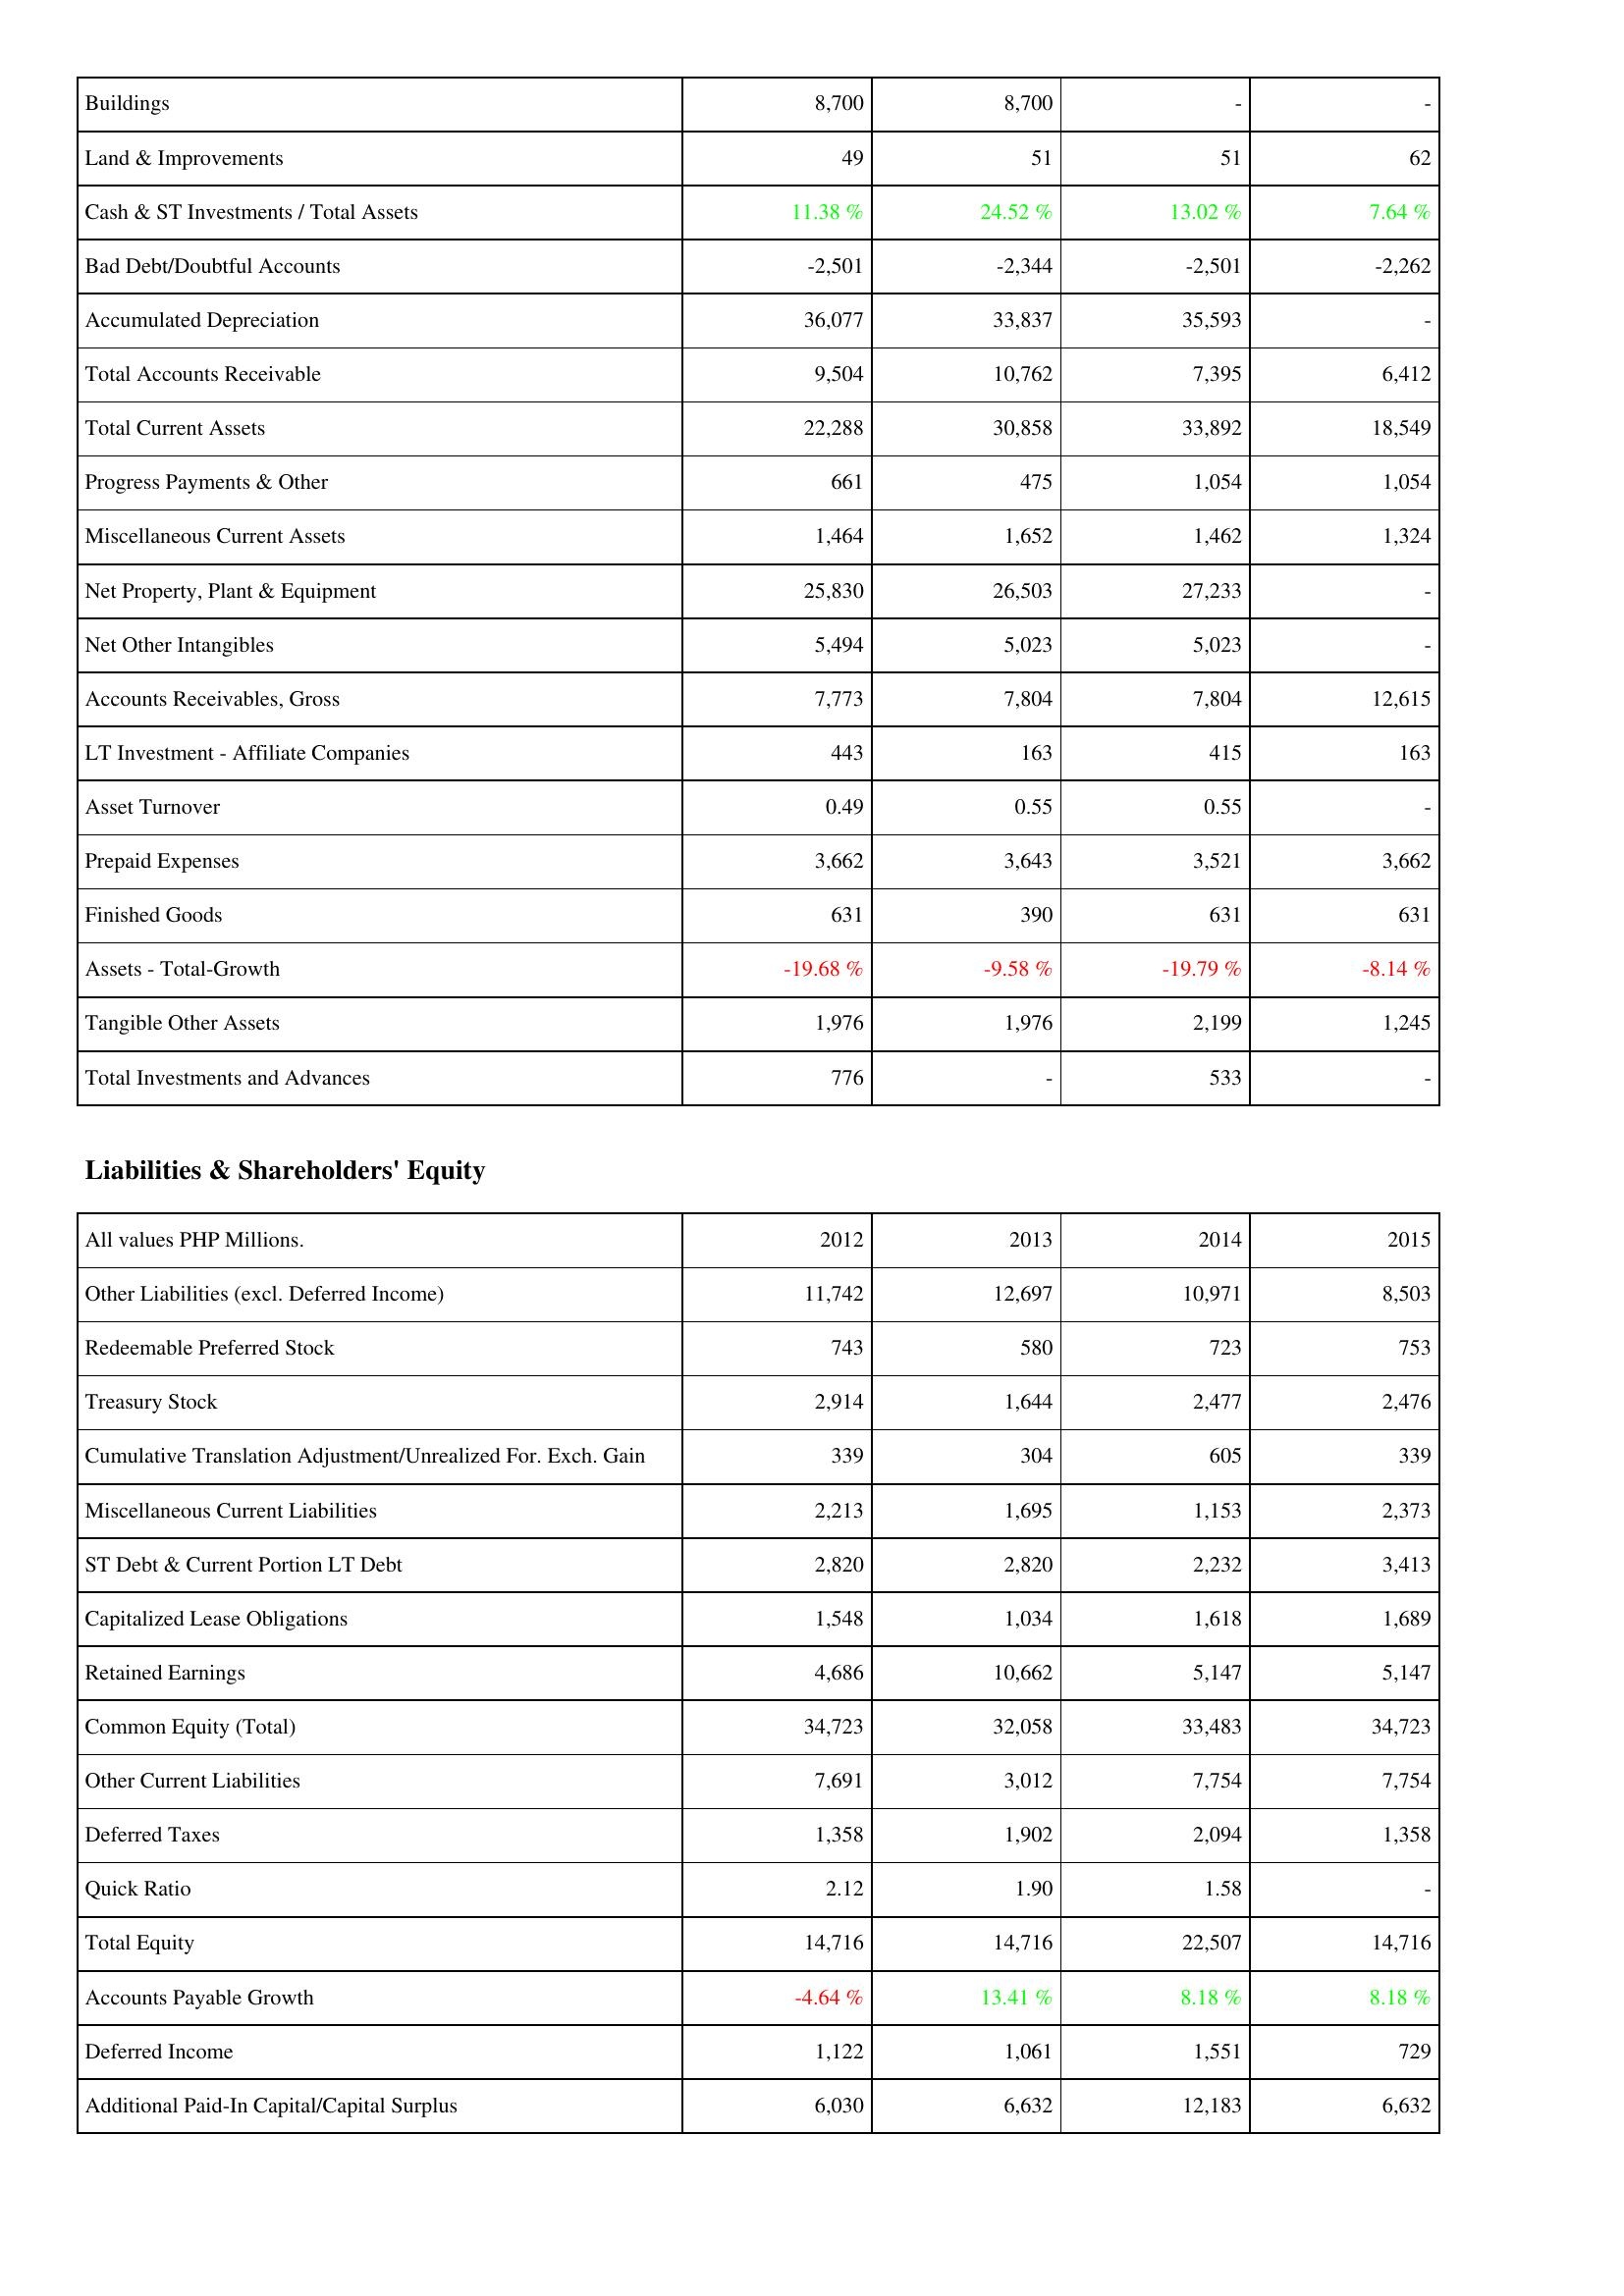
2012: Assets: Buildings: 8,700
Land & Improvements: 49
Cash & ST Investments / Total Assets: 11.38 %
Bad Debt/Doubtful Accounts: -2,501
Accumulated Depreciation: 36,077
Total Accounts Receivable: 9,504
Total Current Assets: 22,288
Progress Payments & Other: 661
Miscellaneous Current Assets: 1,464
Net Property, Plant & Equipment: 25,830
Net Other Intangibles: 5,494
Accounts Receivables, Gross: 7,773
LT Investment - Affiliate Companies: 443
Asset Turnover: 0.49
Prepaid Expenses: 3,662
Finished Goods: 631
Assets - Total-Growth: -19.68 %
Tangible Other Assets: 1,976
Total Investments and Advances: 776
Liabilities & Shareholders' Equity: Other Liabilities (excl. Deferred Income): 11,742
Redeemable Preferred Stock: 743
Treasury Stock: 2,914
Cumulative Translation Adjustment/Unrealized For. Exch. Gain: 339
Miscellaneous Current Liabilities: 2,213
ST Debt & Current Portion LT Debt: 2,820
Capitalized Lease Obligations: 1,548
Retained Earnings: 4,686
Common Equity (Total): 34,723
Other Current Liabilities: 7,691
Deferred Taxes: 1,358
Quick Ratio: 2.12
Total Equity: 14,716
Accounts Payable Growth: -4.64 %
Deferred Income: 1,122
Additional Paid-In Capital/Capital Surplus: 6,030
2013: Assets: Buildings: 8,700
Land & Improvements: 51
Cash & ST Investments / Total Assets: 24.52 %
Bad Debt/Doubtful Accounts: -2,344
Accumulated Depreciation: 33,837
Total Accounts Receivable: 10,762
Total Current Assets: 30,858
Progress Payments & Other: 475
Miscellaneous Current Assets: 1,652
Net Property, Plant & Equipment: 26,503
Net Other Intangibles: 5,023
Accounts Receivables, Gross: 7,804
LT Investment - Affiliate Companies: 163
Asset Turnover: 0.55
Prepaid Expenses: 3,643
Finished Goods: 390
Assets - Total-Growth: -9.58 %
Tangible Other Assets: 1,976
Total Investments and Advances: -
Liabilities & Shareholders' Equity: Other Liabilities (excl. Deferred Income): 12,697
Redeemable Preferred Stock: 580
Treasury Stock: 1,644
Cumulative Translation Adjustment/Unrealized For. Exch. Gain: 304
Miscellaneous Current Liabilities: 1,695
ST Debt & Current Portion LT Debt: 2,820
Capitalized Lease Obligations: 1,034
Retained Earnings: 10,662
Common Equity (Total): 32,058
Other Current Liabilities: 3,012
Deferred Taxes: 1,902
Quick Ratio: 1.90
Total Equity: 14,716
Accounts Payable Growth: 13.41 %
Deferred Income: 1,061
Additional Paid-In Capital/Capital Surplus: 6,632
2014: Assets: Buildings: -
Land & Improvements: 51
Cash & ST Investments / Total Assets: 13.02 %
Bad Debt/Doubtful Accounts: -2,501
Accumulated Depreciation: 35,593
Total Accounts Receivable: 7,395
Total Current Assets: 33,892
Progress Payments & Other: 1,054
Miscellaneous Current Assets: 1,462
Net Property, Plant & Equipment: 27,233
Net Other Intangibles: 5,023
Accounts Receivables, Gross: 7,804
LT Investment - Affiliate Companies: 415
Asset Turnover: 0.55
Prepaid Expenses: 3,521
Finished Goods: 631
Assets - Total-Growth: -19.79 %
Tangible Other Assets: 2,199
Total Investments and Advances: 533
Liabilities & Shareholders' Equity: Other Liabilities (excl. Deferred Income): 10,971
Redeemable Preferred Stock: 723
Treasury Stock: 2,477
Cumulative Translation Adjustment/Unrealized For. Exch. Gain: 605
Miscellaneous Current Liabilities: 1,153
ST Debt & Current Portion LT Debt: 2,232
Capitalized Lease Obligations: 1,618
Retained Earnings: 5,147
Common Equity (Total): 33,483
Other Current Liabilities: 7,754
Deferred Taxes: 2,094
Quick Ratio: 1.58
Total Equity: 22,507
Accounts Payable Growth: 8.18 %
Deferred Income: 1,551
Additional Paid-In Capital/Capital Surplus: 12,183
2015: Assets: Buildings: -
Land & Improvements: 62
Cash & ST Investments / Total Assets: 7.64 %
Bad Debt/Doubtful Accounts: -2,262
Accumulated Depreciation: -
Total Accounts Receivable: 6,412
Total Current Assets: 18,549
Progress Payments & Other: 1,054
Miscellaneous Current Assets: 1,324
Net Property, Plant & Equipment: -
Net Other Intangibles: -
Accounts Receivables, Gross: 12,615
LT Investment - Affiliate Companies: 163
Asset Turnover: -
Prepaid Expenses: 3,662
Finished Goods: 631
Assets - Total-Growth: -8.14 %
Tangible Other Assets: 1,245
Total Investments and Advances: -
Liabilities & Shareholders' Equity: Other Liabilities (excl. Deferred Income): 8,503
Redeemable Preferred Stock: 753
Treasury Stock: 2,476
Cumulative Translation Adjustment/Unrealized For. Exch. Gain: 339
Miscellaneous Current Liabilities: 2,373
ST Debt & Current Portion LT Debt: 3,413
Capitalized Lease Obligations: 1,689
Retained Earnings: 5,147
Common Equity (Total): 34,723
Other Current Liabilities: 7,754
Deferred Taxes: 1,358
Quick Ratio: -
Total Equity: 14,716
Accounts Payable Growth: 8.18 %
Deferred Income: 729
Additional Paid-In Capital/Capital Surplus: 6,632